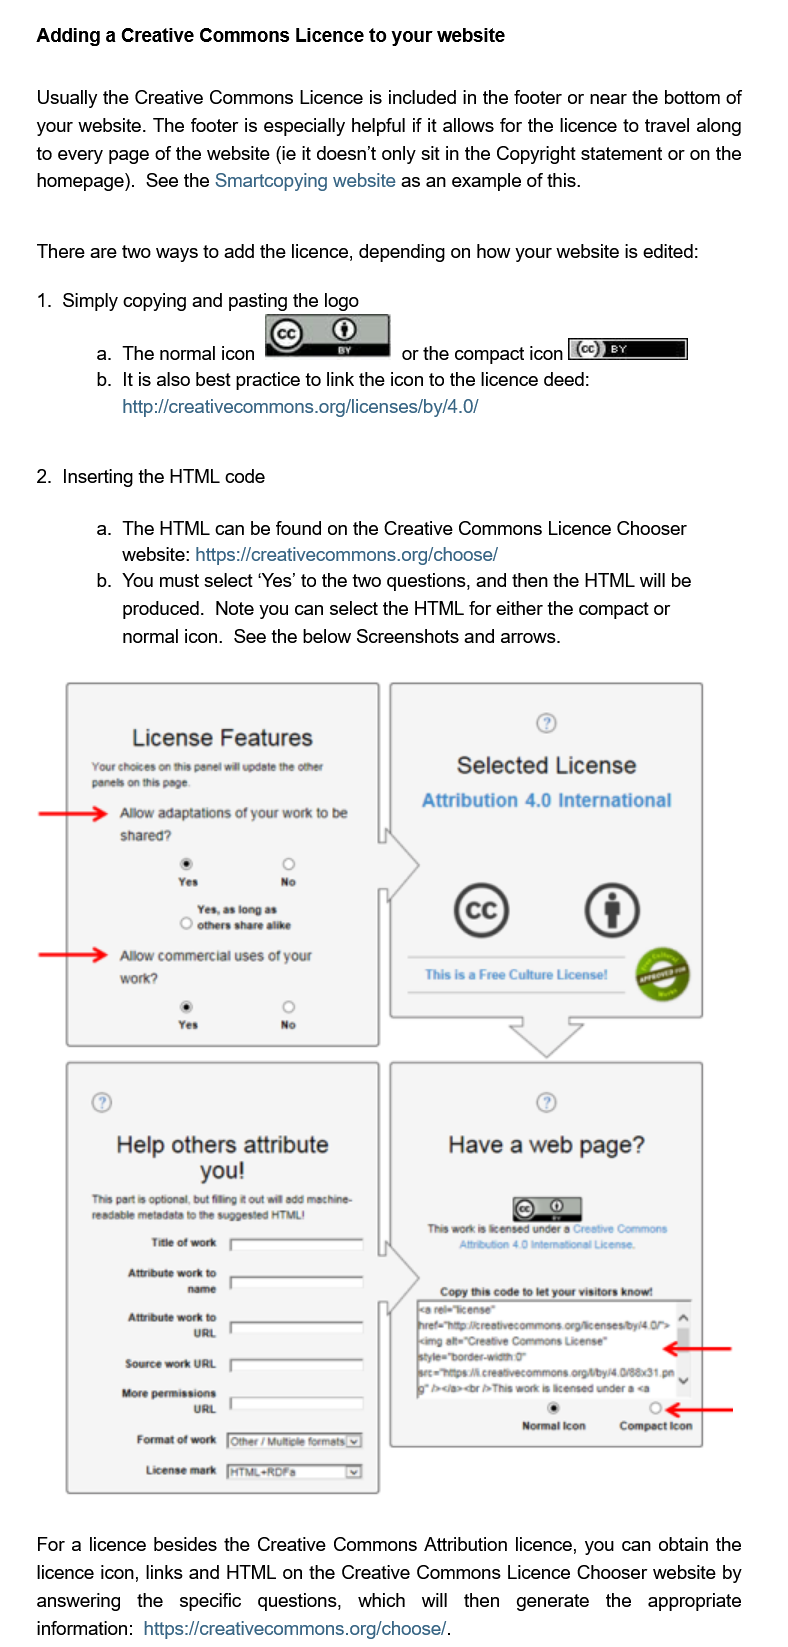
Adding  a Creative Commons Licence to  your website
     Usually the Creative Commons Licence is included in the footer or near the bottom of
    your website. The footer is especially helpful if it allows for the licence to travel along
    to every page of the website (ie it doesn’t only sit in the Copyright statement or on the
     homepage). See the Smartcopying website as an example of this.

    There are two ways to add the licence, depending on how your website is edited:
     Simply copying and pasting the logo
     The normal icon =—8e    of the compact icon VU ==
     It is also best practice to link the icon to the licence deed:
     http://creativecommons.org/licenses/by/4.0/
     Inserting the HTML code
     The HTML can be found on the Creative Commons Licence Chooser
     website: https://creativecommons.org/choose/
     You must select ‘Yes’ to the two questions, and then the HTML will be
     produced. Note you can select the HTML for either the compact or
     normal icon. See the below Screenshots and arrows.
     For a licence besides the Creative Commons Attribution licence, you can obtain the
     licence icon, links and HTML on the Creative Commons Licence Chooser website by
    answering  the  specific questions, which will then generate  the appropriate
     information: https://creativecommons.org/choose/.